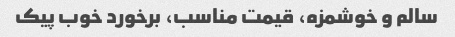
سالم و خوشمزه، قیمت مناسب، برخورد خوب پیک